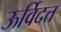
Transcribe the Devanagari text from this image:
ऊर्विदत्त